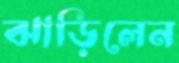
ঝাড়িলেন